Lunatic asylums Central Provinces reports 1910-1926 - 1910-1926
Year: 1910
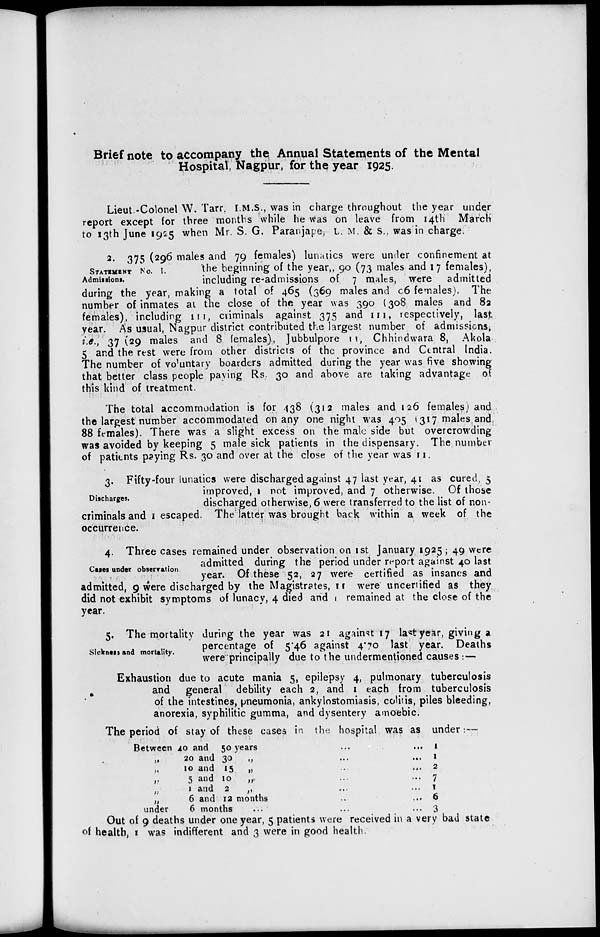
Brief note to accompany the Annual Statements of the Mental
Hospital, Nagpur, for the year 1925.
Lieut -Colonel W. Tarr, I.M.S., was in charge throughout the year under
report except for three months while he was on leave from 14th March
to 13th June 1925 when Mr. S. G. Paranjape, L. M. & S. was in charge.
STATEMENT No. I.
Admissions.
2. 375 (296 males and 79 females) lunatics were under confinement at
the beginning of the year„ 90 (73 males and 17 females),
including re-admissions of 7 males, were admitted
during the year, making a total of 465 (369 males and 96 females). The
number of inmates at the close of the year was 390 (308 males and 82
females), including 111, criminals against 375 and 111, respectively, last
year. As usual, Nagpur district contributed the largest number of admissions,
i.e., 37(29 males and 8 females), Jubbulpore 11, Chhindwara 8, Akola
5 and the rest were from other districts of the province and Central India.
The number of voluntary boarders admitted during the year was five showing
that better class people paying Rs. 30 and above are taking advantage of
this kind of treatment.
The total accommodation is for 438 (312 males and 126 females) and
the largest number accommodated on any one night was 405 (317 males and
88 females). There was a slight excess on the male side but overcrowding
was avoided by keeping 5 male sick patients in the dispensary. The number
of patients paying Rs. 30 and over at the close of the year was 11.
Discharges.
3. Fifty-four lunatics were discharged against 47 last year, 41 as cured, 5
improved, 1 not improved, and 7 otherwise. Of those
discharged otherwise, 6 were transferred to the list of non-
criminals and 1 escaped. The latter was brought back within a week of the
occurrence.
Cases under observation.
4. Three cases remained under observation on 1st January 1925 ; 49 were
admitted during the period under report against 40 last
year. Of these 52, 27 were certified as insanes and
admitted, 9 were discharged by the Magistrates, 11 were uncertified as they
did not exhibit symptoms of lunacy, 4 died and 1 remained at the close of the
year.
Sickness and mortality.
5. The mortality during the year was 21 against 17 last year, giving a
percentage of 5.46 against 4.70 last year. Deaths
were principally due to the undermentioned causes :—
Exhaustion due to acute mania 5, epilepsy 4, pulmonary tuberculosis
and general debility each 2, and 1 each from tuberculosis
of the intestines, pneumonia, ankylostomiasis, colitis, piles bleeding,
anorexia, syphilitic gumma, and dysentery amoebic.
The period of stay of these cases in the hospital was as under:—
Between 10 and
50 years
„
20 and 30
„ ...
„
10 and 15
„ ...
„
5 and 10
„ ...
„
1 and 2
„ ...
„
6 and 12 months ...
under
6 months ...
1
1
2
7
1
6
3
Out of 9 deaths under one year, 5 patients were received in a very bad state
of health, 1 was indifferent and 3 were in good health.